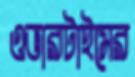
ওভারটাইমের